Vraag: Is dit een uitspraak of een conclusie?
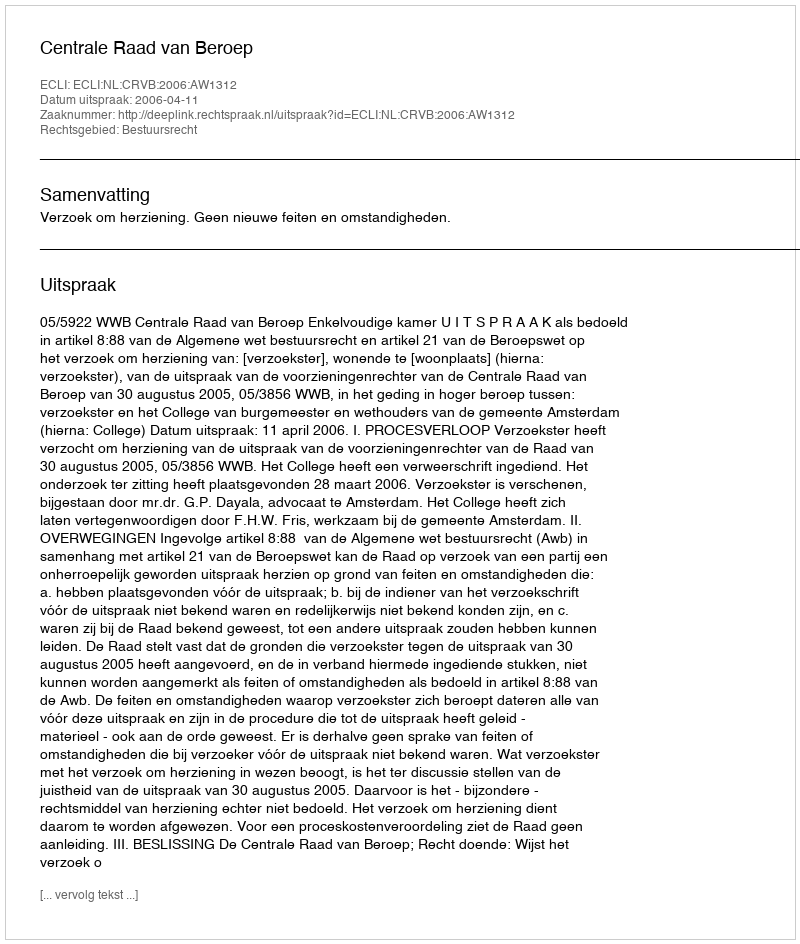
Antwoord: Uitspraak